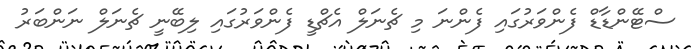
ސްޓޭންޑާޑް ފެންވަރުގައި ފެންނަ މި ޗެނަލް އެޗްޑީ ފެންވަރުގައި ލިބޭނީ ޗެނަލް ނަންބަރު